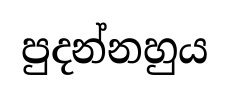
පුදන්නහුය